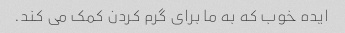
ایده خوب که به ما برای گرم کردن کمک می کند.